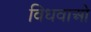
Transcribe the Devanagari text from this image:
विधवाओ